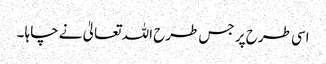
اسی طرح پر جس طرح اللہ تعالیٰ نے چاہا ۔